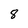
Character: 8